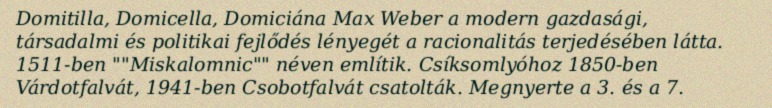
Domitilla, Domicella, Domiciána Max Weber a modern gazdasági, társadalmi és politikai fejlődés lényegét a racionalitás terjedésében látta. 1511-ben ""Miskalomnic"" néven említik. Csíksomlyóhoz 1850-ben Várdotfalvát, 1941-ben Csobotfalvát csatolták. Megnyerte a 3. és a 7.